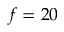
f = 2 0